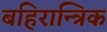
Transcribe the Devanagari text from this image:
बहिरान्त्रिक